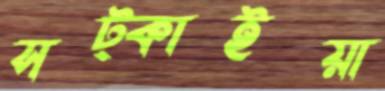
সট্‌কাইয়া